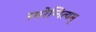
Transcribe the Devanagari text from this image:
स्मरेन्‍नित्यम्‌